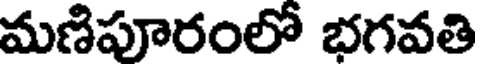
మణిపూరంలో భగవతి